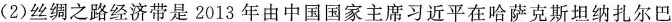
(2)丝绸之路经济带是2013年由中国国家主席习近平在哈萨克斯坦纳扎尔巴